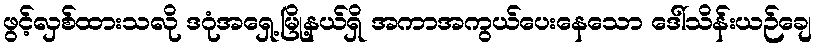
ဖွင့်လှစ်ထားသလို ဒဂုံအရှေ့မြို့နယ်ရှိ အကာအကွယ်ပေးနေသော ဒေါ်သိန်းယဉ်ချေ